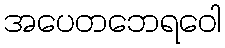
အပေတဘေရဝေါ